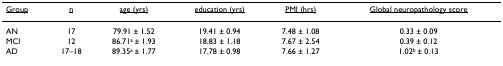
<table><thead><tr><td><b><underline>Group</underline></b></td><td><b><underline>n</underline></b></td><td><b><underline>age (yrs)</underline></b></td><td><b><underline>education (yrs)</underline></b></td><td><b><underline>PMI (hrs)</underline></b></td><td><b><underline>Global neuropathology score</underline></b></td></tr></thead><tbody><tr><td>AN</td><td>17</td><td>79.91 ± 1.52</td><td>19.41 ± 0.94</td><td>7.48 ± 1.08</td><td>0.33 ± 0.09</td></tr><tr><td>MCI</td><td>12</td><td>86.71<sup>a </sup>± 1.93</td><td>18.83 ± 1.18</td><td>7.67 ± 2.54</td><td>0.39 ± 0.12</td></tr><tr><td>AD</td><td>17–18</td><td>89.35<sup>a </sup>± 1.77</td><td>17.78 ± 0.98</td><td>7.66 ± 1.27</td><td>1.02<sup>b </sup>± 0.13</td></tr></tbody></table>